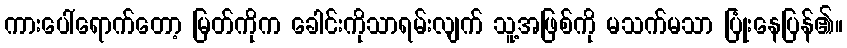
ကားပေါ်ရောက်တော့ မြတ်ကိုက ခေါင်းကိုသာရမ်းလျက် သူ့အဖြစ်ကို မသက်မသာ ပြုံးနေပြန်၏။